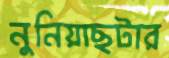
নুনিয়াছটার